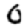
Digit: 0